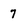
Character: 7